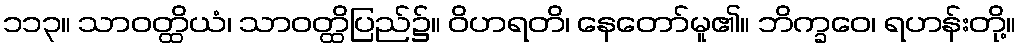
၁၁၃။ သာဝတ္ထိယံ၊ သာဝတ္ထိပြည်၌။ ဝိဟရတိ၊ နေတော်မူ၏။ ဘိက္ခဝေ၊ ရဟန်းတို့။